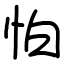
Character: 怕